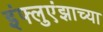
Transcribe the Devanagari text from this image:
इंफ्लुएंझाच्या